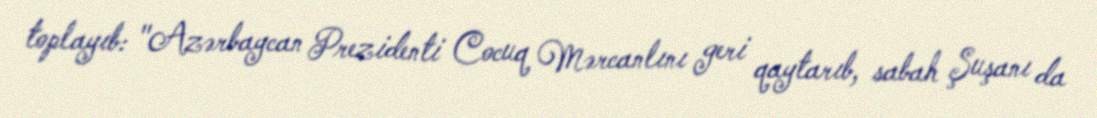
toplayıb: "Azərbaycan Prezidenti Cocuq Mərcanlını geri qaytarıb, sabah Şuşanı da